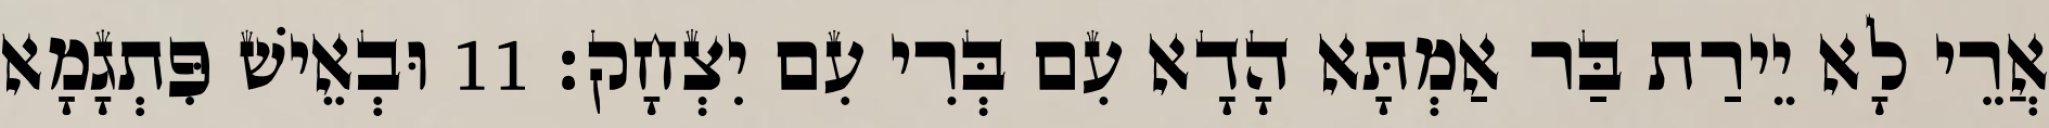
אֲרֵי לָא יֵירַת בַּר אַמְתָּא הָדָא עִם בְּרִי עִם יִצְחָק׃ 11 וּבְאֵישׁ פִּתְגָמָא